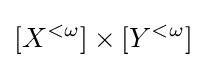
[X^{<\omega }]\times [Y^{<\omega }]